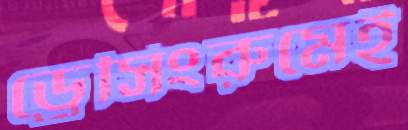
ড্রেসিংরুমেই